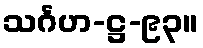
သင်္ဂဟ-ဋ္ဌ-၉၃။